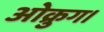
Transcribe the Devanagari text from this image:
ओक्रुग।